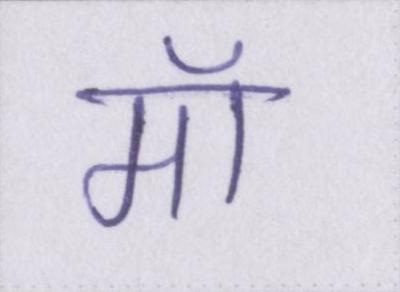
मॉ